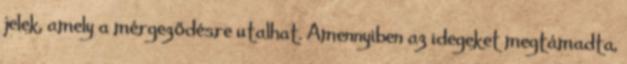
jelek, amely a mérgeződésre utalhat. Amennyiben az idegeket megtámadta,